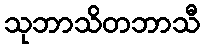
သုဘာသိတဘာသီ